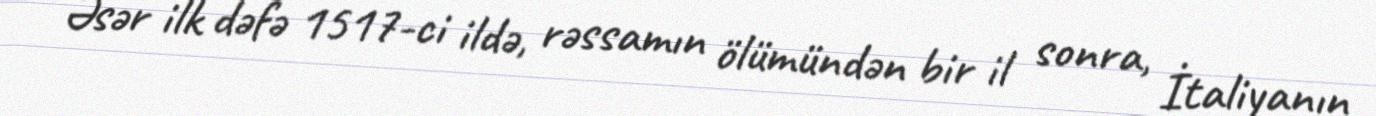
Əsər ilk dəfə 1517-ci ildə, rəssamın ölümündən bir il sonra, İtaliyanın